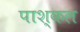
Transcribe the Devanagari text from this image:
पाश्कल